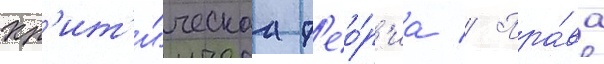
Кр'ит'и́ческаа т'ео́р'иа // Пра́ва